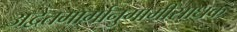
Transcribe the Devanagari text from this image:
अद्वैतमार्गानुगामीसाधक